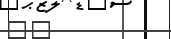
٥٧